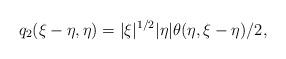
LaTeX: \begin{align*}q_2(\xi-\eta, \eta)= |\xi|^{1/2} |\eta| \theta(\eta, \xi-\eta)/2,\end{align*}